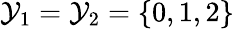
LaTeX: \mathcal{Y}_{1}=\mathcal{Y}_{2}=\{ 0,1,2\}